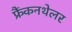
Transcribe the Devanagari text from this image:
फ्रैंकनथेलर